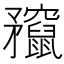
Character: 𥎣